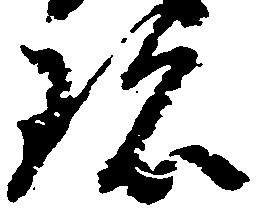
珍